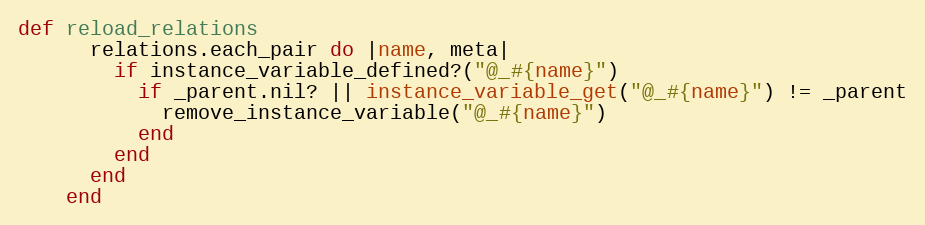
Language: Ruby
def reload_relations
      relations.each_pair do |name, meta|
        if instance_variable_defined?("@_#{name}")
          if _parent.nil? || instance_variable_get("@_#{name}") != _parent
            remove_instance_variable("@_#{name}")
          end
        end
      end
    end